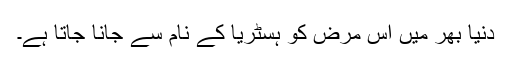
دنیا بھر میں اس مرض کو ہسٹریا کے نام سے جانا جاتا ہے۔